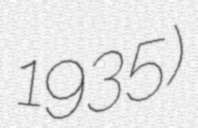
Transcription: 1935)